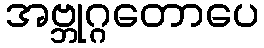
အဗ္ဘုဂ္ဂတောပေ